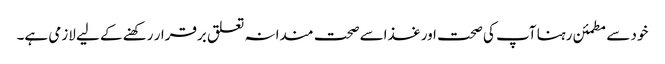
خود سے مطمئن رہنا آپ کی صحت اور غذاسے صحت مندانہ تعلق برقرار رکھنے کے لیے لازمی ہے۔